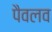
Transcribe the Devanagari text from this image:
पैवलव